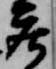
庄